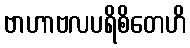
ဗာဟာဗလပရိစိတေဟိ